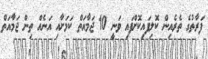
ފަރާތުގެ ތެރެއިން ކޮލިފައިކޮށްފައި ވަނީ 10 ޖަމާއަތް ކަމަށާއި އަނެއް ތިން ޖަމާއަތް